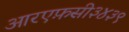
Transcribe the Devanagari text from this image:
आरएफ़सी३४३९